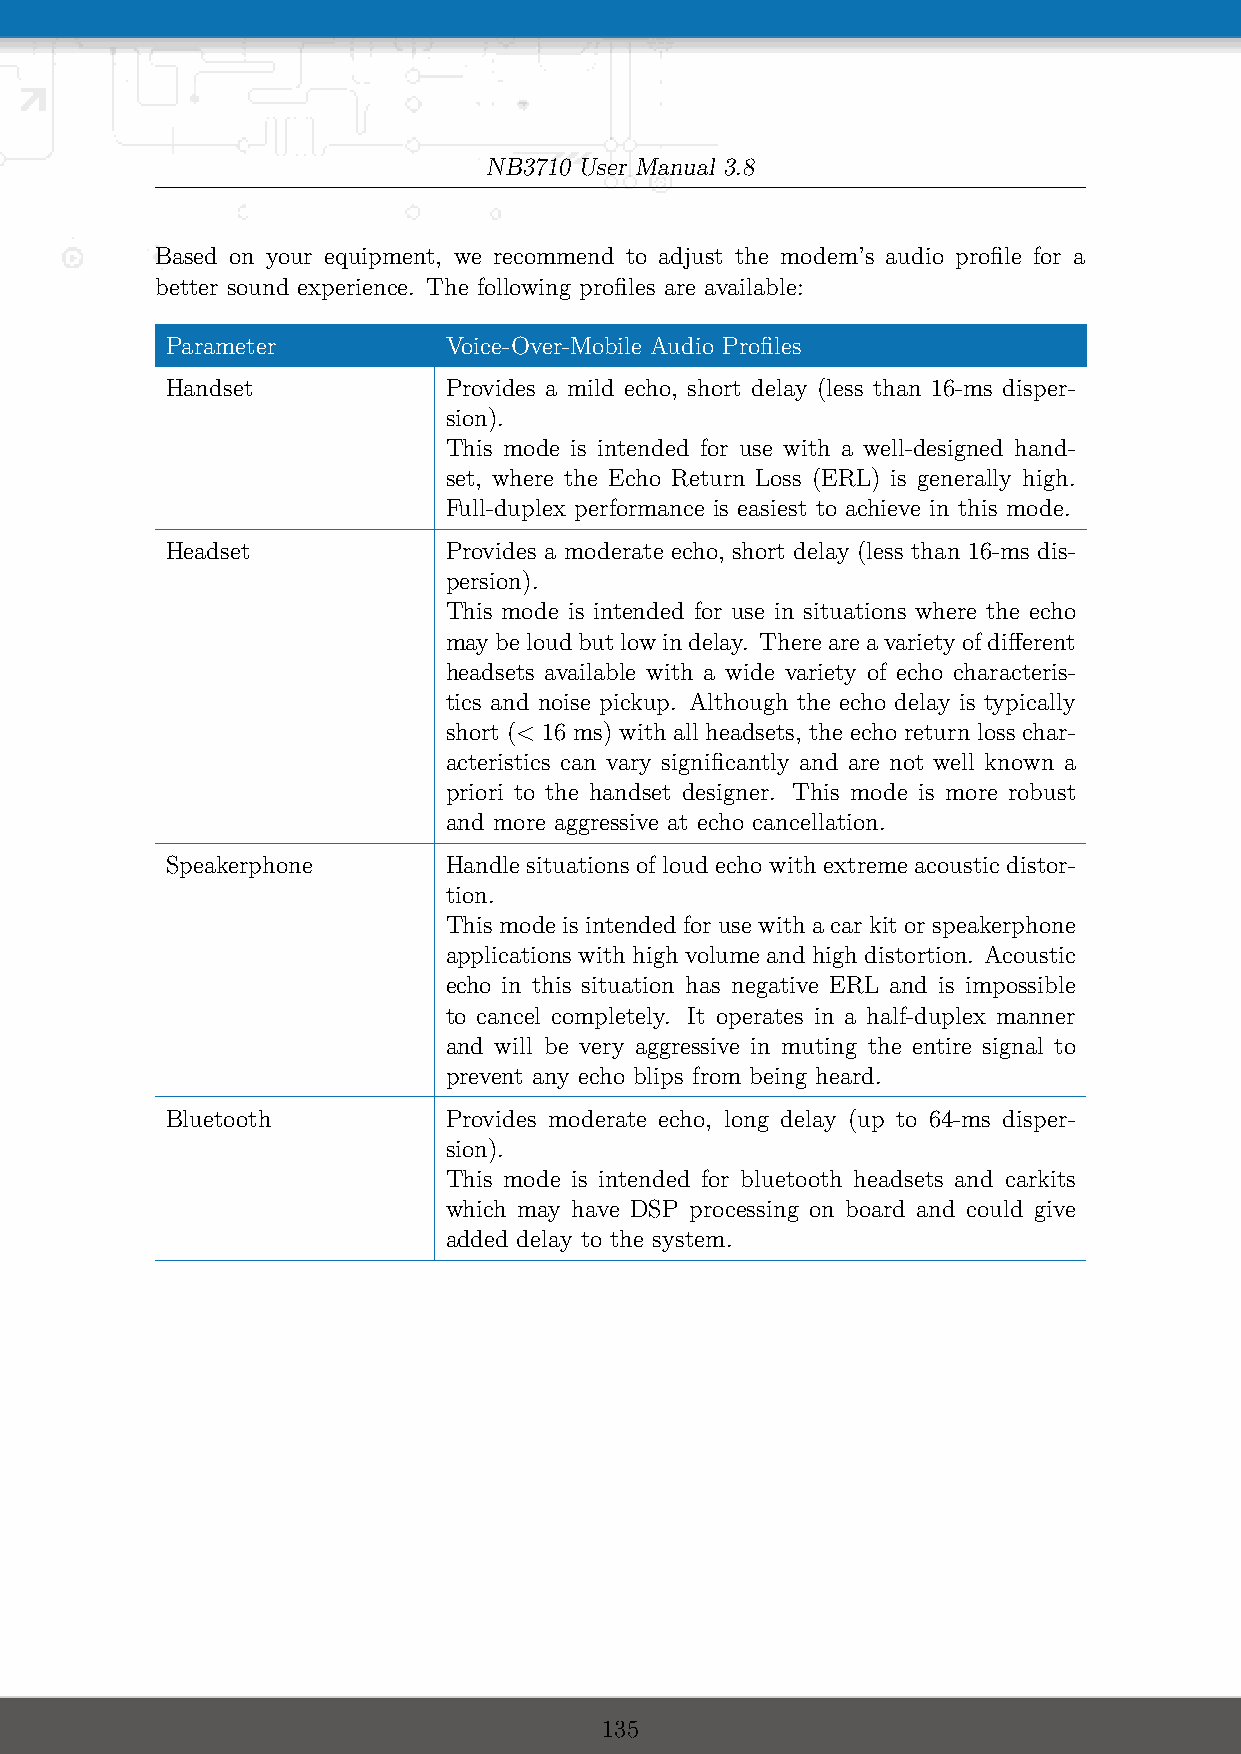
NB3710 User Manual 3.8
 Based on your equipment, we recommend to adjust the modem’s audio profile for a
 better sound experience. The following profiles are available:
 Parameter         Voice-Over-Mobile Audio Profiles
 Handset           Provides a mild echo, short delay (less than 16-ms disper-
 sion).
 This mode is intended for use with a well-designed hand-
 set, where the Echo Return Loss (ERL) is generally high.
 Full-duplex performance is easiest to achieve in this mode.
 Headset           Provides a moderate echo, short delay (less than 16-ms dis-
 persion).
 This mode is intended for use in situations where the echo
 maybeloudbutlowindelay. Thereareavarietyofdifferent
 headsets available with a wide variety of echo characteris-
 tics and noise pickup. Although the echo delay is typically
 short (< 16 ms) with all headsets, the echo return loss char-
 acteristics can vary significantly and are not well known a
 priori to the handset designer. This mode is more robust
 and more aggressive at echo cancellation.
 Speakerphone      Handle situations of loud echo with extreme acoustic distor-
 tion.
 Thismodeisintendedforusewithacarkitorspeakerphone
 applicationswithhighvolumeandhighdistortion. Acoustic
 echo in this situation has negative ERL and is impossible
 to cancel completely. It operates in a half-duplex manner
 and will be very aggressive in muting the entire signal to
 prevent any echo blips from being heard.
 Bluetooth         Provides moderate echo, long delay (up to 64-ms disper-
 sion).
 This mode is intended for bluetooth headsets and carkits
 which may have DSP processing on board and could give
 added delay to the system.
 135